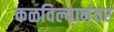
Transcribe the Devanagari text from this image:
कळविल्यानंतर